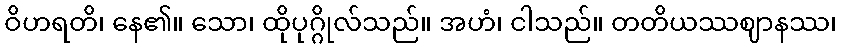
ဝိဟရတိ၊ နေ၏။ သော၊ ထိုပုဂ္ဂိုလ်သည်။ အဟံ၊ ငါသည်။ တတိယဿဈာနဿ၊